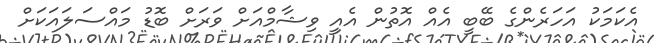
އެކަމަކު އަހަރެންގެ ބޭބީ އެއް އޮތުން އެއީ ވިޝާމްއަށް ވަރަށް ބޮޑު މައްސަލައަކަށް